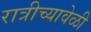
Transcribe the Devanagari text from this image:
रात्रीच्यावेळी